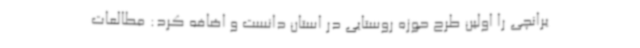
یرانچی را اولین طرح حوزه روستایی در استان دانست و اضافه کرد: مطالعات